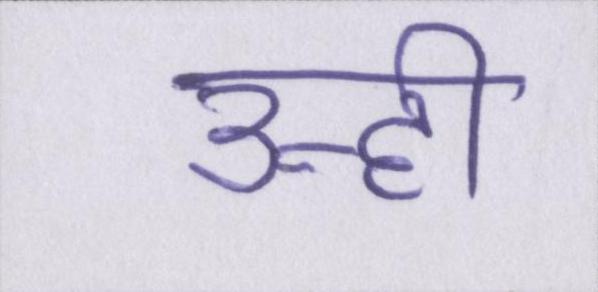
उन्ही